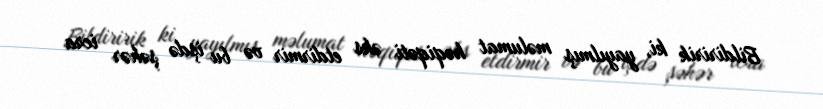
Bildiririk ki, yayılmış məlumat həqiqəti əks etdirmir və bu işdə şəhər icra